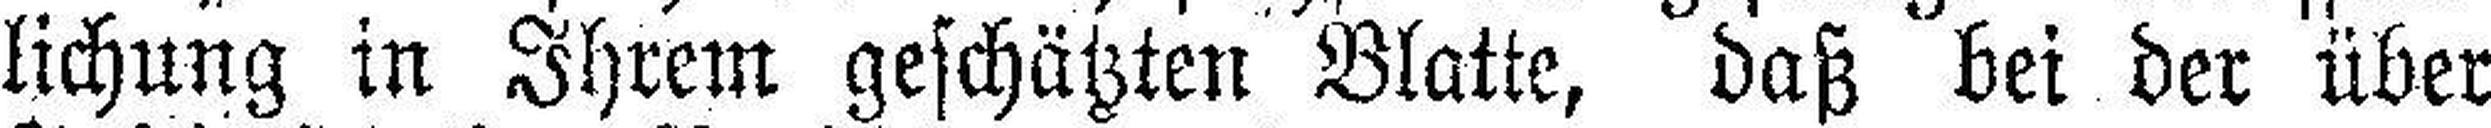
lichung in Ihrem geschätzten Blatte, daß bei der über